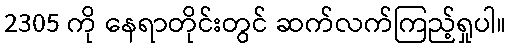
2305 ကို နေရာတိုင်းတွင် ဆက်လက်ကြည့်ရှုပါ။